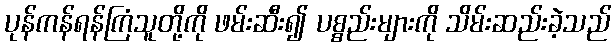
ပုန်ကန်ရန်ကြံသူတို့ကို ဖမ်းဆီး၍ ပစ္စည်းများကို သိမ်းဆည်းခဲ့သည်